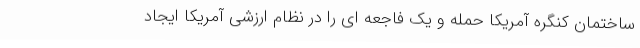
ساختمان کنگره آمریکا حمله و یک فاجعه ای را در نظام ارزشی آمریکا ایجاد